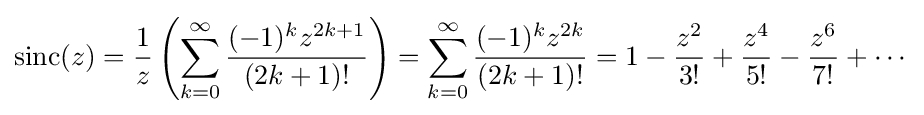
{\text{sinc}}(z)={\frac {1}{z}}\left(\sum _{k=0}^{\infty }{\frac {(-1)^{k}z^{2k+1}}{(2k+1)!}}\right)=\sum _{k=0}^{\infty }{\frac {(-1)^{k}z^{2k}}{(2k+1)!}}=1-{\frac {z^{2}}{3!}}+{\frac {z^{4}}{5!}}-{\frac {z^{6}}{7!}}+\cdots